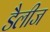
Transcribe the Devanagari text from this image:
डैलीज